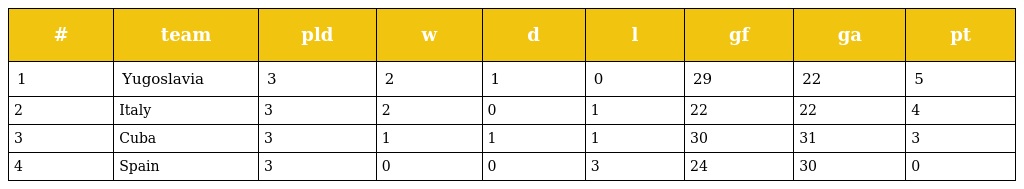
| # | team | pld | w | d | l | gf | ga | pt |
 | --- | --- | --- | --- | --- | --- | --- | --- | --- |
 | 1 | Yugoslavia | 3 | 2 | 1 | 0 | 29 | 22 | 5 |
 | 2 | Italy | 3 | 2 | 0 | 1 | 22 | 22 | 4 |
 | 3 | Cuba | 3 | 1 | 1 | 1 | 30 | 31 | 3 |
 | 4 | Spain | 3 | 0 | 0 | 3 | 24 | 30 | 0 |